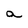
Character: a